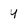
Character: y